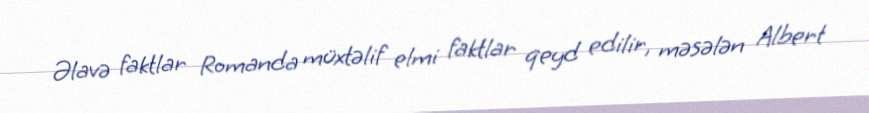
Əlavə faktlar Romanda müxtəlif elmi faktlar qeyd edilir, məsələn Albert